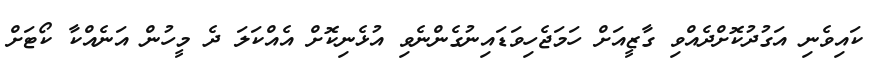
ކައިވެނި އަގުދުކޮށްދެއްވި ގާޒީއަށް ހަމަޖެހިވަޑައިނުގެންނެވި އުޅެނިކޮށް އެއްކަލަ ދެ މީހުން އަނެއްކާ ކޯޓަށް